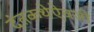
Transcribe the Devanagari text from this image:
दंतकथेऐवजी